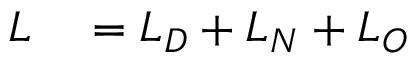
\begin{array} { r l } { L } & { { } = L _ { D } + L _ { N } + L _ { O } } \end{array}